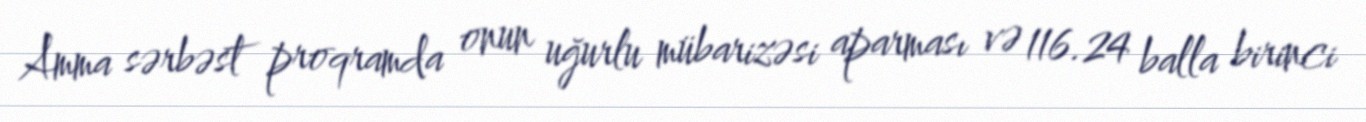
Amma sərbəst proqramda onun uğurlu mübarizəsi aparması və 116.24 balla birinci